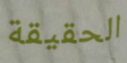
الحقيقة